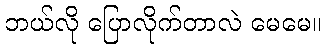
ဘယ်လို ပြောလိုက်တာလဲ မေမေ။